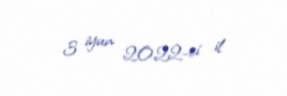
3 iyun 2022-ci il